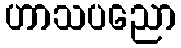
ဟာသပညော